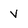
Character: v